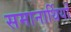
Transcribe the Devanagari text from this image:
समानार्थियों